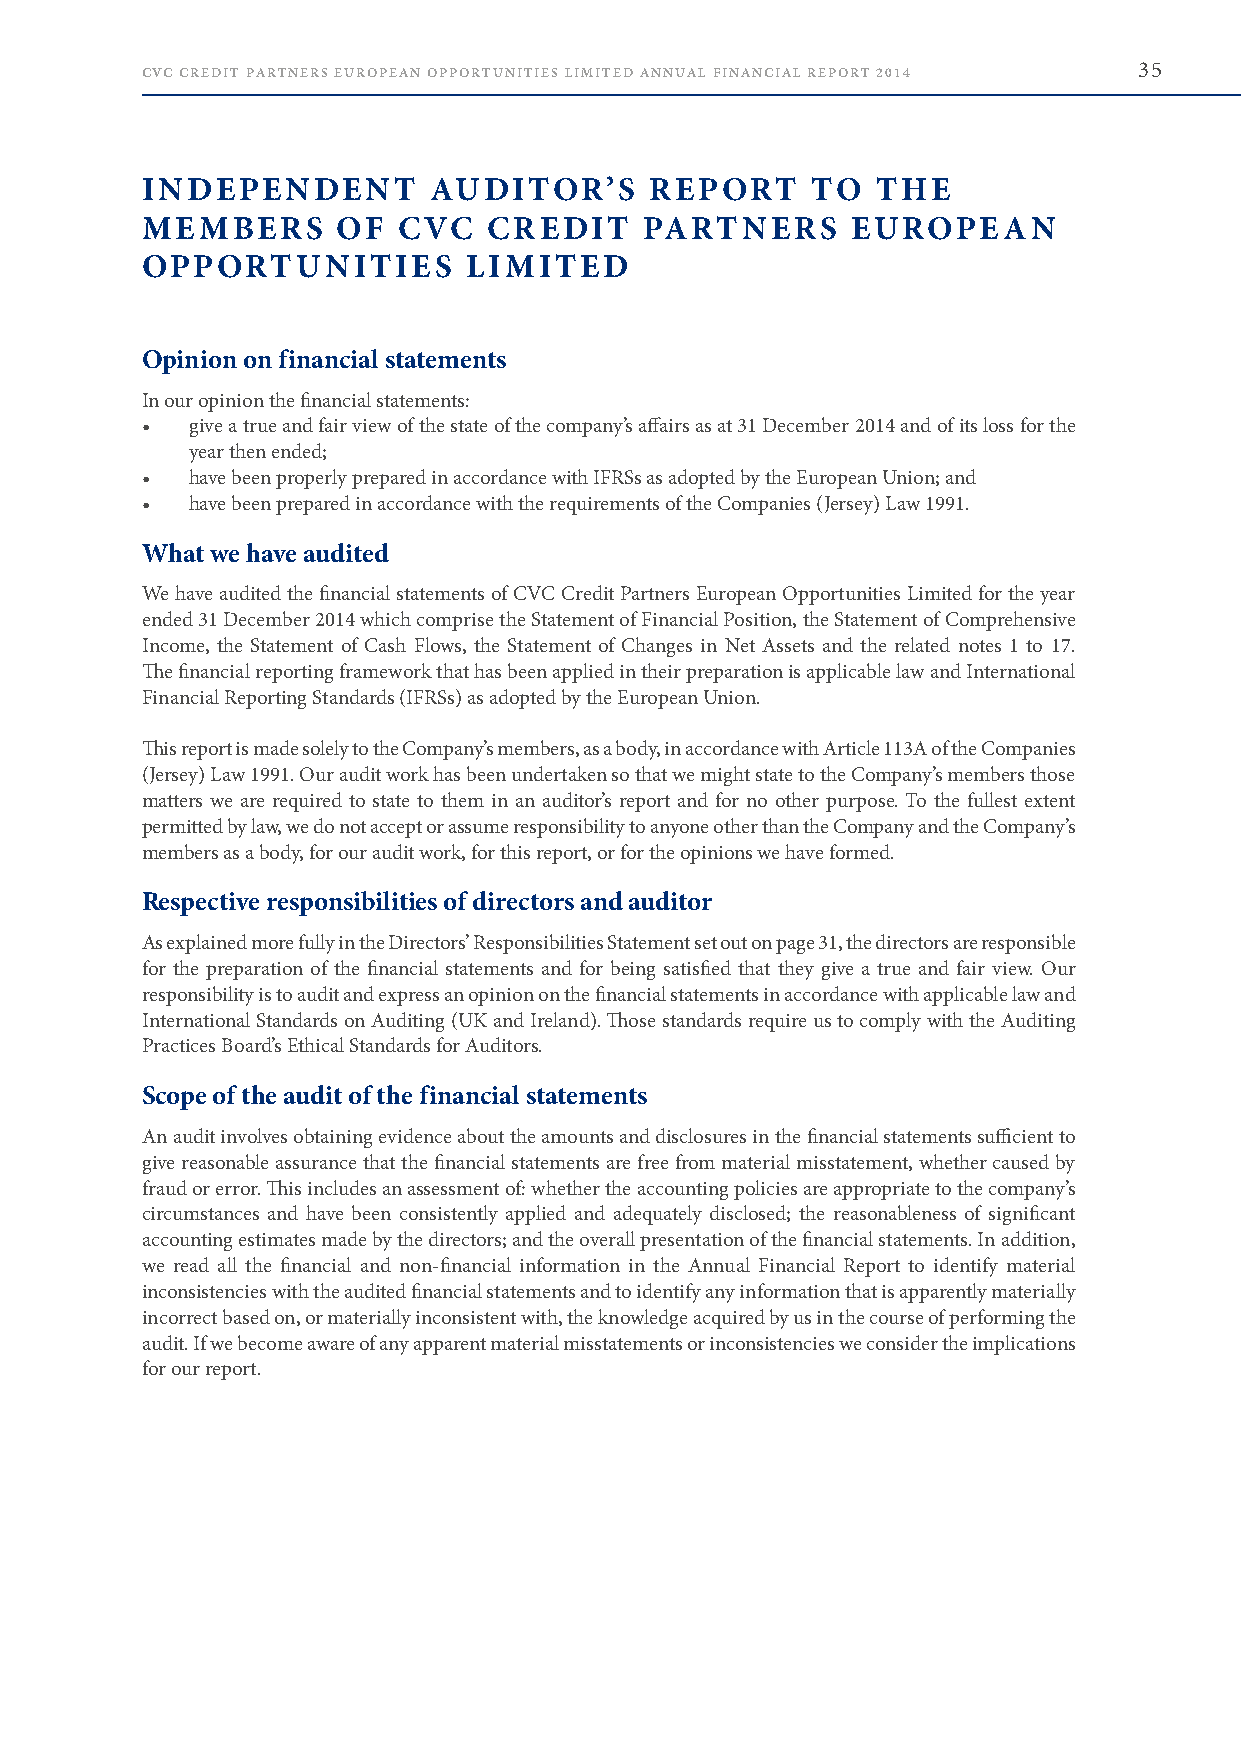
CVC CREDIT PARTNERS EUROPEAN OPPORTUNITIES LIMITED ANNUAL FINANCIAL REPORT 2014 35
 INDEPENDENT        AUDITOR’S      REPORT     TO  THE
 MEMBERS      OF  CVC   CREDIT     PARTNERS     EUROPEAN
 OPPORTUNITIES         LIMITED
 Opinion on financial statements
 In our opinion the financial statements:
 •   give a true and fair view of the state of the company’s affairs as at 31 December 2014 and of its loss for the
 year then ended;
 •   have been properly prepared in accordance with IFRSs as adopted by the European Union; and
 •   have been prepared in accordance with the requirements of the Companies (Jersey) Law 1991 .
 What we have audited
 We have audited the financial statements of CVC Credit Partners European Opportunities Limited for the year
 ended 31 December 2014 which comprise the Statement of Financial Position, the Statement of Comprehensive
 Income, the Statement of Cash Flows, the Statement of Changes in Net Assets and the related notes 1 to 17 .
 The financial reporting framework that has been applied in their preparation is applicable law and International
 Financial Reporting Standards (IFRSs) as adopted by the European Union .
 This report is made solely to the Company’s members, as a body, in accordance with Article 113A of the Companies
 (Jersey) Law 1991 . Our audit work has been undertaken so that we might state to the Company’s members those
 matters we are required to state to them in an auditor’s report and for no other purpose . To the fullest extent
 permitted by law, we do not accept or assume responsibility to anyone other than the Company and the Company’s
 members as a body, for our audit work, for this report, or for the opinions we have formed .
 Respective responsibilities of directors and auditor
 As explained more fully in the Directors’ Responsibilities Statement set out on page 31, the directors are responsible
 for the preparation of the financial statements and for being satisfied that they give a true and fair view . Our
 responsibility is to audit and express an opinion on the financial statements in accordance with applicable law and
 International Standards on Auditing (UK and Ireland) . Those standards require us to comply with the Auditing
 Practices Board’s Ethical Standards for Auditors .
 Scope of the audit of the financial statements
 An audit involves obtaining evidence about the amounts and disclosures in the financial statements sufficient to
 give reasonable assurance that the financial statements are free from material misstatement, whether caused by
 fraud or error . This includes an assessment of: whether the accounting policies are appropriate to the company’s
 circumstances and have been consistently applied and adequately disclosed; the reasonableness of significant
 accounting estimates made by the directors; and the overall presentation of the financial statements . In addition,
 we read all the financial and non-financial information in the Annual Financial Report to identify material
 inconsistencies with the audited financial statements and to identify any information that is apparently materially
 incorrect based on, or materially inconsistent with, the knowledge acquired by us in the course of performing the
 audit . If we become aware of any apparent material misstatements or inconsistencies we consider the implications
 for our report .